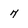
Character: 7